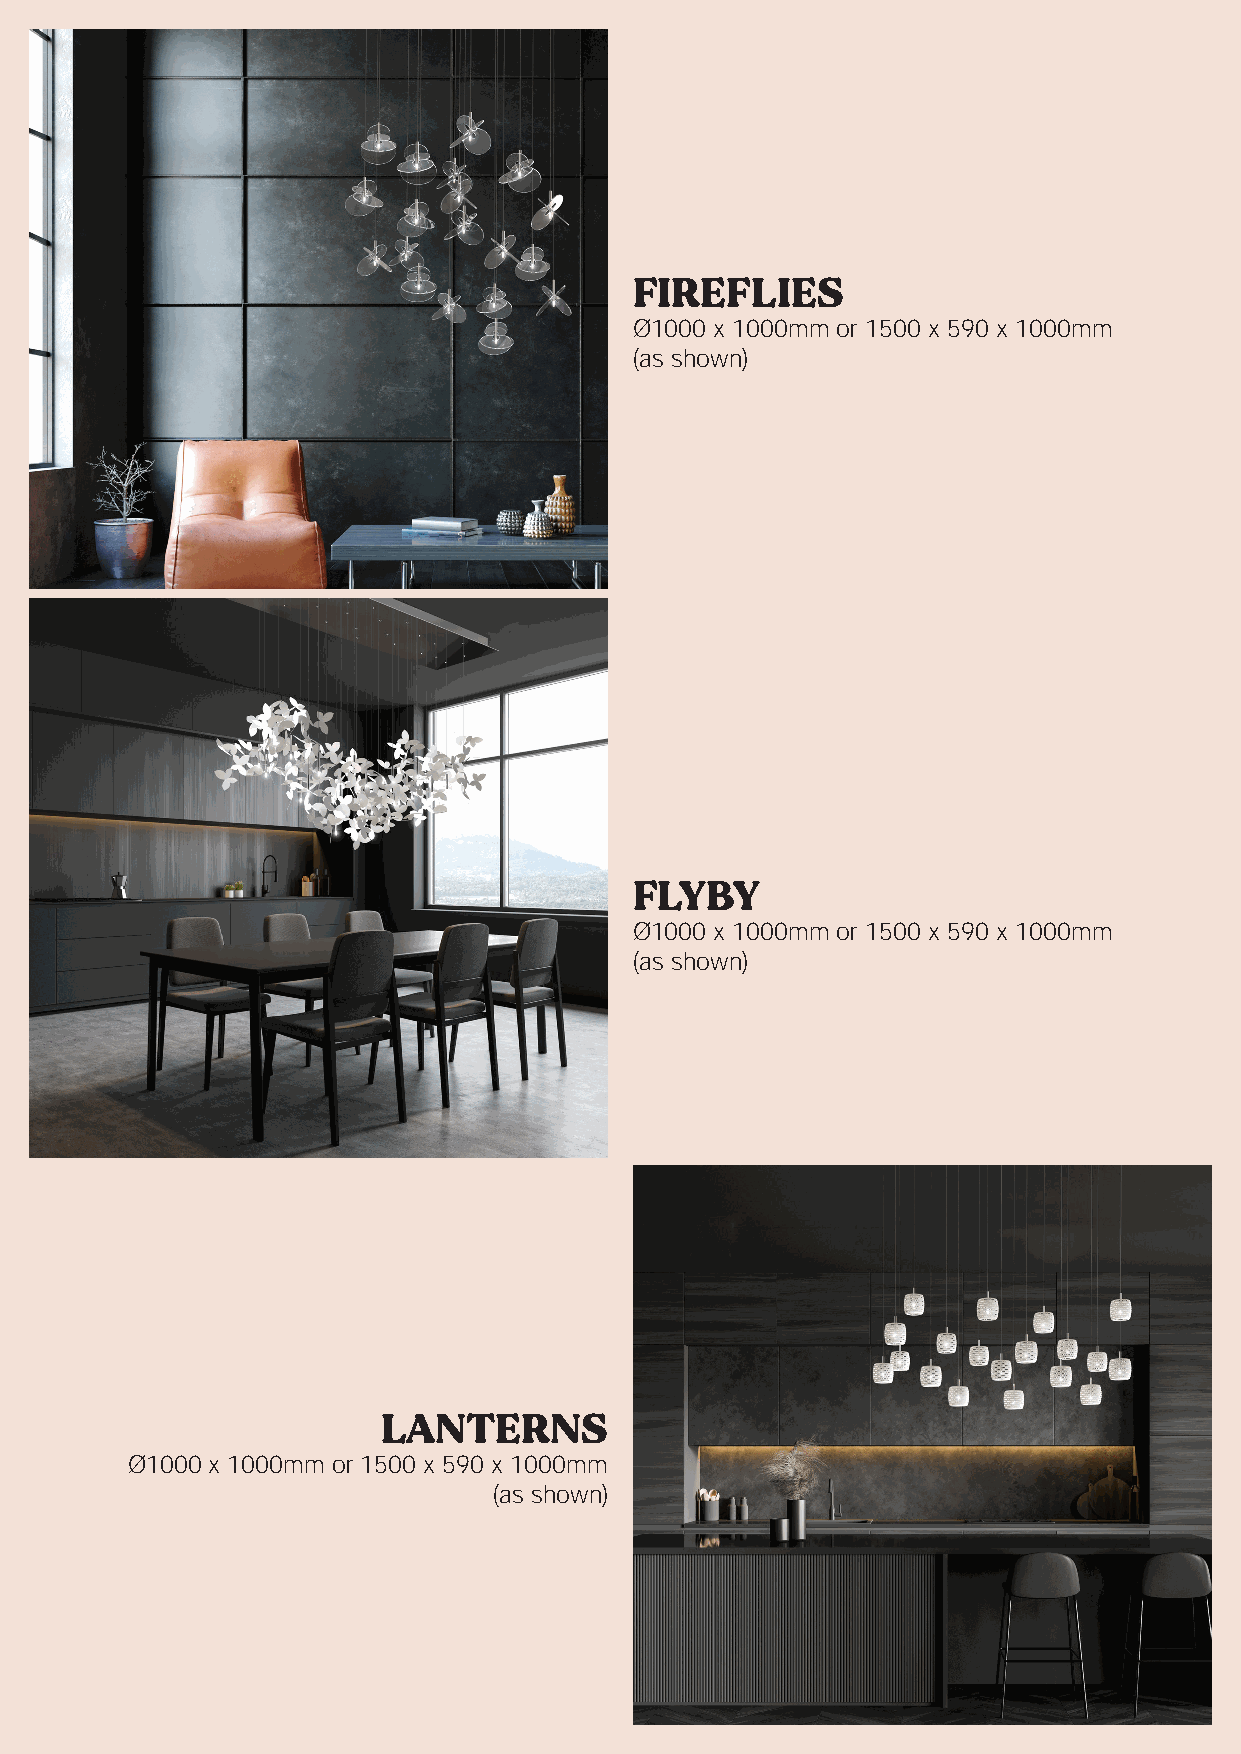
FIREFLIES
 Ø1000 x 1000mm or 1500 x 590 x 1000mm
 (as shown)
 FLYBY
 Ø1000 x 1000mm or 1500 x 590 x 1000mm
 (as shown)
 LANTERNS
 Ø1000 x 1000mm or 1500 x 590 x 1000mm
 (as shown)